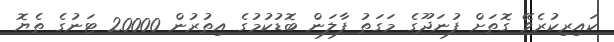
ކައިރިކުރެވޭ ގޮތަށް ފުނަދޫގެ މަގަތު ފާލަން ބޮޑުކުމުގެ އިތުރުން 20000 ޓަނުގެ ތެޔޮ